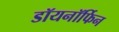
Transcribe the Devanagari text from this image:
डॉयनॉर्फिन